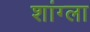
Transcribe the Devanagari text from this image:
शांग्ला